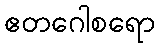
ဧတဂေါစရော